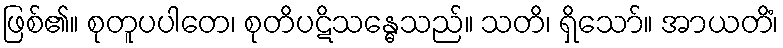
ဖြစ်၏။ စုတူပပါတေ၊ စုတိပဋိသန္ဓေသည်။ သတိ၊ ရှိသော်။ အာယတိံ၊